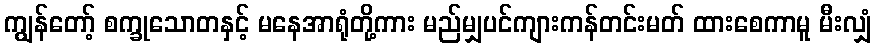
ကျွန်တော့် စက္ခုသောတနှင့် မနေအာရုံတို့ကား မည်မျှပင်ကျားကန်တင်းမတ် ထားစေကာမူ မီးလျှံ